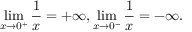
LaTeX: \operatorname* { l i m } _ { x \to 0 ^ { + } } { \frac { 1 } { x } } = + \infty , \operatorname* { l i m } _ { x \to 0 ^ { - } } { \frac { 1 } { x } } = - \infty .